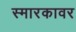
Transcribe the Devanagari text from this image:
स्मारकावर